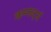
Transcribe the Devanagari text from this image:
कम्फर्ट्स